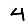
Digit: 4